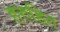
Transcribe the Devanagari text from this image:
हरुहित